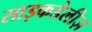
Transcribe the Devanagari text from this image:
साइकडेलीज़